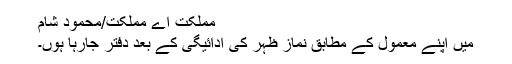
مملکت اے مملکت/محمود شام
میں اپنے معمول کے مطابق نماز ظہر کی ادائیگی کے بعد دفتر جارہا ہوں۔